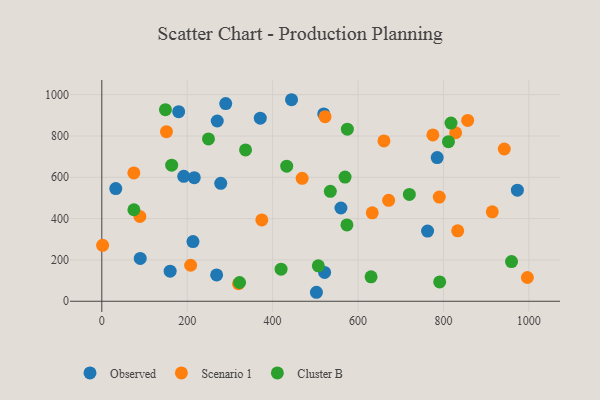
{"axis": {"x": "Distance", "y": "Yield"}, "legend": ["Cluster B", "Observed", "Scenario 1"], "data": [{"x": "32.7", "y": 545.3, "type": "Observed"}, {"x": "973.2", "y": 537.7, "type": "Observed"}, {"x": "191.9", "y": 604.8, "type": "Observed"}, {"x": "160.0", "y": 145.5, "type": "Observed"}, {"x": "270.3", "y": 872.4, "type": "Observed"}, {"x": "785.4", "y": 695.2, "type": "Observed"}, {"x": "290.2", "y": 956.8, "type": "Observed"}, {"x": "213.5", "y": 288.7, "type": "Observed"}, {"x": "502.6", "y": 43.5, "type": "Observed"}, {"x": "521.7", "y": 139.7, "type": "Observed"}, {"x": "519.7", "y": 906.7, "type": "Observed"}, {"x": "444.3", "y": 975.4, "type": "Observed"}, {"x": "371.1", "y": 885.9, "type": "Observed"}, {"x": "278.5", "y": 570.9, "type": "Observed"}, {"x": "180.0", "y": 917.4, "type": "Observed"}, {"x": "268.9", "y": 127.5, "type": "Observed"}, {"x": "762.9", "y": 339.6, "type": "Observed"}, {"x": "90.0", "y": 207.1, "type": "Observed"}, {"x": "216.5", "y": 598.0, "type": "Observed"}, {"x": "560.0", "y": 451.3, "type": "Observed"}, {"x": "671.7", "y": 488.3, "type": "Scenario 1"}, {"x": "151.4", "y": 820.6, "type": "Scenario 1"}, {"x": "996.6", "y": 115.0, "type": "Scenario 1"}, {"x": "208.0", "y": 174.2, "type": "Scenario 1"}, {"x": "75.0", "y": 621.1, "type": "Scenario 1"}, {"x": "942.5", "y": 736.9, "type": "Scenario 1"}, {"x": "320.1", "y": 84.7, "type": "Scenario 1"}, {"x": "828.6", "y": 815.5, "type": "Scenario 1"}, {"x": "790.3", "y": 504.3, "type": "Scenario 1"}, {"x": "775.3", "y": 805.0, "type": "Scenario 1"}, {"x": "856.8", "y": 875.0, "type": "Scenario 1"}, {"x": "914.4", "y": 432.9, "type": "Scenario 1"}, {"x": "522.8", "y": 893.6, "type": "Scenario 1"}, {"x": "633.3", "y": 428.1, "type": "Scenario 1"}, {"x": "469.1", "y": 595.1, "type": "Scenario 1"}, {"x": "660.7", "y": 776.1, "type": "Scenario 1"}, {"x": "1.9", "y": 270.5, "type": "Scenario 1"}, {"x": "374.7", "y": 393.6, "type": "Scenario 1"}, {"x": "89.2", "y": 410.2, "type": "Scenario 1"}, {"x": "833.4", "y": 340.8, "type": "Scenario 1"}, {"x": "630.5", "y": 118.5, "type": "Cluster B"}, {"x": "507.0", "y": 171.5, "type": "Cluster B"}, {"x": "535.1", "y": 532.2, "type": "Cluster B"}, {"x": "811.8", "y": 772.4, "type": "Cluster B"}, {"x": "791.2", "y": 93.4, "type": "Cluster B"}, {"x": "575.0", "y": 832.9, "type": "Cluster B"}, {"x": "433.0", "y": 653.8, "type": "Cluster B"}, {"x": "959.5", "y": 192.0, "type": "Cluster B"}, {"x": "419.8", "y": 155.2, "type": "Cluster B"}, {"x": "574.0", "y": 369.5, "type": "Cluster B"}, {"x": "163.6", "y": 658.6, "type": "Cluster B"}, {"x": "569.6", "y": 600.9, "type": "Cluster B"}, {"x": "75.1", "y": 443.0, "type": "Cluster B"}, {"x": "149.0", "y": 927.3, "type": "Cluster B"}, {"x": "817.7", "y": 862.2, "type": "Cluster B"}, {"x": "249.8", "y": 785.6, "type": "Cluster B"}, {"x": "336.6", "y": 732.5, "type": "Cluster B"}, {"x": "720.2", "y": 517.1, "type": "Cluster B"}, {"x": "322.6", "y": 90.9, "type": "Cluster B"}]}